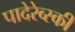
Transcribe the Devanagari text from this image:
पादेरेव्स्की